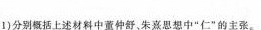
(1)分别概括上述材料中董仲舒，朱熹思想中”仁”的主张。